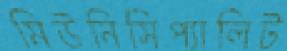
মিউনিসিপ্যালিট